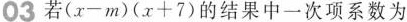
03若(x-m)(x+7)的结果中一次项系数为